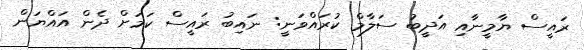
ރައީސް ޔާމީނާއި އަދީބު ސަލާމް ކުރައްވަނީ: ނައިބު ރައީސް ކަމަށް ދެން އައްޔަން